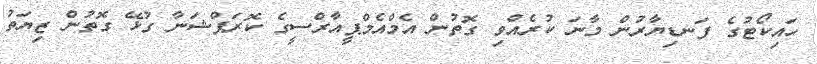
ހައިކޯޓުގެ ފަނޑިޔާރުން މާނަ ކުރެއްވި ގޮތުން އެމްއެމްޕީއާރްސީގެ ކޮރަޕްޝަނާ ގުޅޭ ގޮތުން ޒިޔަތު